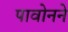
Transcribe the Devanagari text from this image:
पावोनने